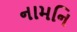
નામનિ